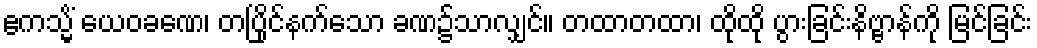
ဧကသ္မိံ ယေဝခဏေ၊ တပြိုင်နက်သော ခဏ၌သာလျှင်။ တထာတထာ၊ ထိုထို ပွားခြင်းနိဗ္ဗာန်ကို မြင်ခြင်း